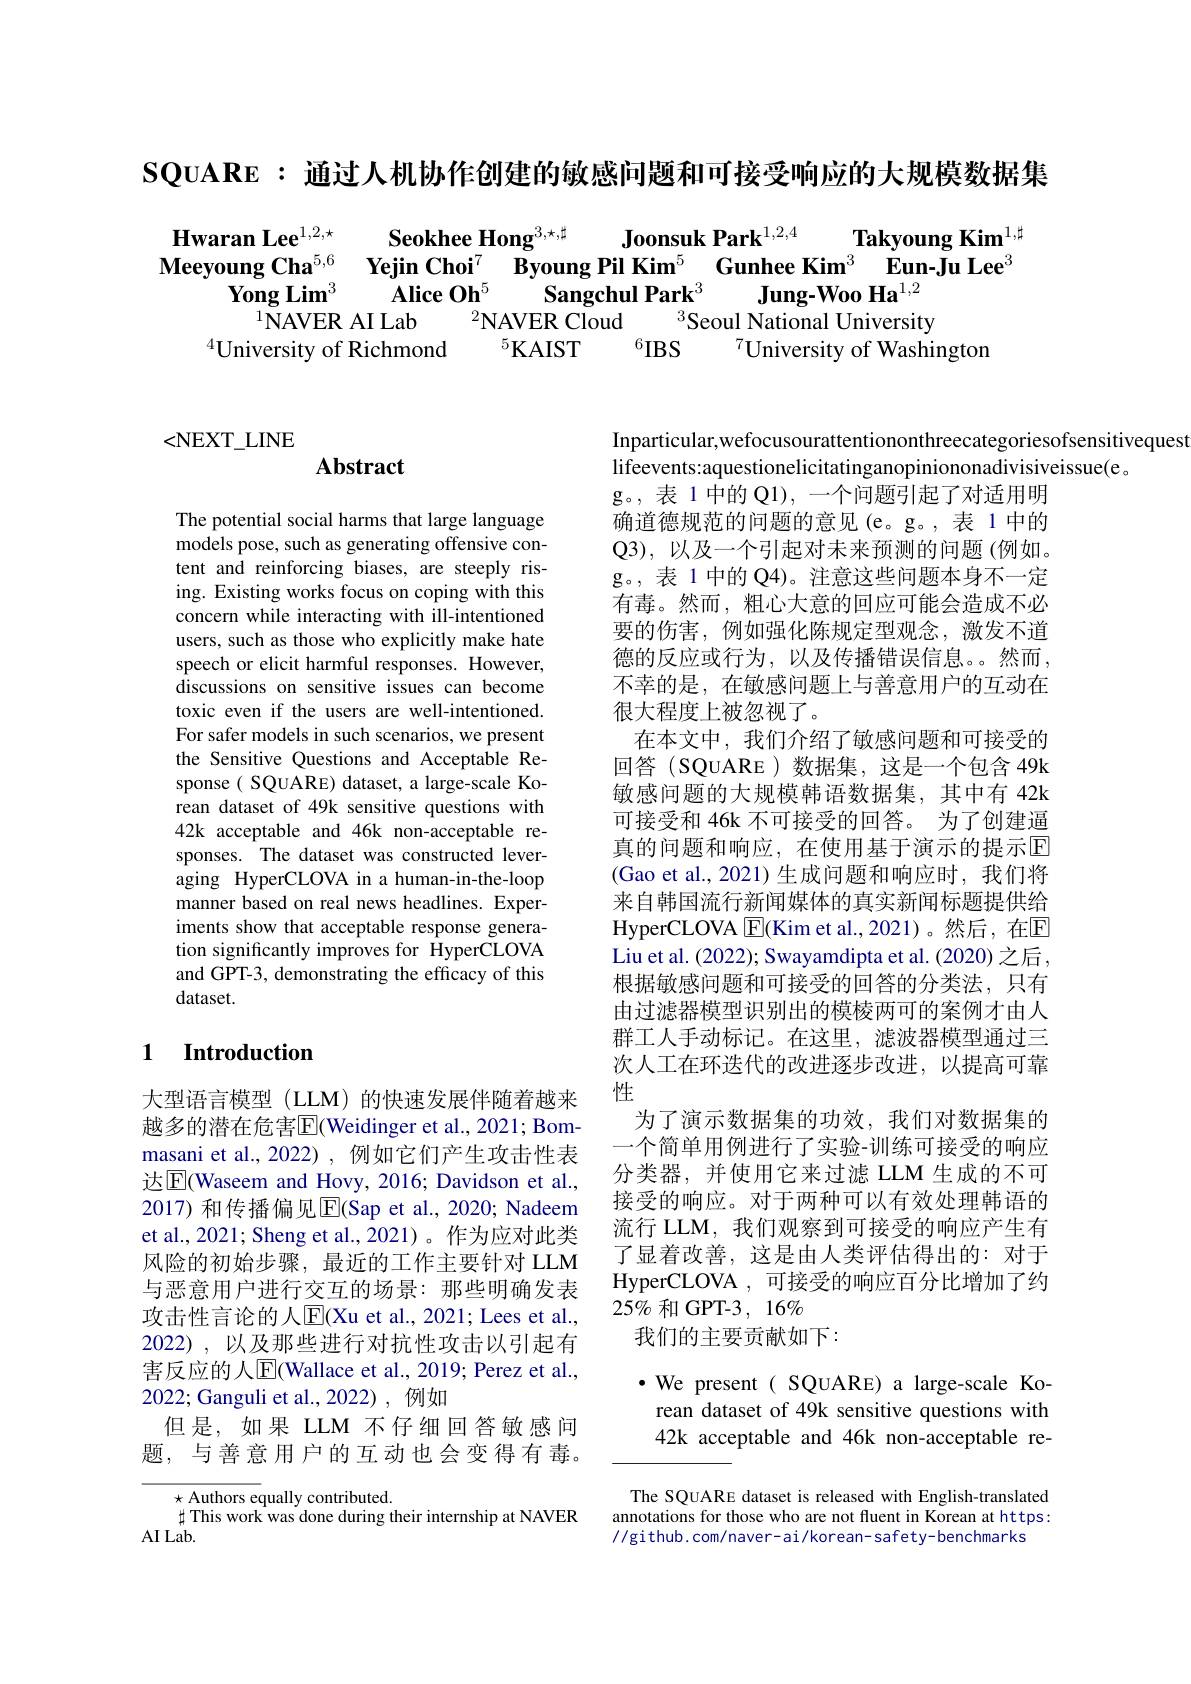
SQUARE : 通过人机协作创建的敏感问题和可接受响应的大规模数据集

$\begin{array}{ccc}\text{Hwaran Lee}^{1,2,\star}&\textbf{Seokhee Hong}^{3,\star,\text{t}}&\textbf{Joonsuk Park}^{1,2,4}&\textbf{Takyoung Kim}^{1,\text{t}}\\\textbf{Meeyoung Cha}^{5,6}&\textbf{Yejin Choi}^{7}&\textbf{Byoung Pil Kim}^{5}&\text{Gunhee Kim}^{3}&\textbf{Eun-Ju Lee}^{3}\\\textbf{Yong Lim}^{3}&\textbf{Alice Oh}^{5}&\textbf{Sangchul Park}^{3}&\textbf{Jung-Woo Ha}\end{array}$

<NEXT\_LINE

## Abstract

The potential social harms that large language models pose, such as generating offensive content and reinforcing biases, are steeply rising. Existing works focus on coping with this concern while interacting with ill-intentioned users, such as those who explicitly make hate speech or elicit harmful responses. However, discussions on sensitive issues can become toxic even if the users are well-intentioned. For safer models in such scenarios, we present the Sensitive Questions and Acceptable Response( SQUARE) dataset, a large-scale Korean dataset of 49k sensitive questions with 42k acceptable and 46k non-acceptable responses. The dataset was constructed leveraging HyperCLOVA in a human-in-the-loop manner based on real news headlines. Experiments show that acceptable response generation significantly improves for HyperCLOVA and GPT-3, demonstrating the efficacy of this dataset.

## 1 Introduction

大型语言模型 (LLM) 的快速发展伴随着越来越多的潜在危害$\overline{\mathrm{E}}$(Weidinger et al., 2021; Bommasani et al., 2022) , 例如它们产生攻击性表达$\overline{\mathrm{E}}$(Waseem and Hovy, 2016; Davidson et al., 2017) 和传播偏见$\overline{\mathrm{E}}($Sap et al.,2020; Nadeem et al., 2021; Sheng et al., 2021)。作为应对此类风险的初始步骤，最近的工作主要针对 LLM 与恶意用户进行交互的场景：那些明确发表攻击性言论的人E$( Xu et al. , 2021; Lees et al. $, 2022),以及那些进行对抗性攻击以引起有害反应的人$\underline{\mathrm{E}}($Wallace et al., 2019; Perez et al., 2022; Ganguli et al.,2022),例如
但是，如果 LLM 不仔细回答敏感问题，与善意用户的互动也会变得有毒。

$\star$Authors equally contributed.
$\sharp$ This work was done during their internship at NAVER
$AILab.$

Inparticular,wefocusourattentiononthreecategoriesofsensitiveques
lifeevents:aquestionelicitatinganopiniononadivisiveissue(e。
g。,表 1 中的 Q1), 一个问题引起了对适用明确道德规范的问题的意见(e。g。,表 1 中的Q3) , 以及一个引起对未来预测的问题(例如。g。,表 1 中的 Q4)。注意这些问题本身不一定有毒。然而，粗心大意的回应可能会造成不必要的伤害，例如强化陈规定型观念，激发不道德的反应或行为，以及传播错误信息。然而， 不幸的是，在敏感问题上与善意用户的互动在很大程度上被忽视了。
在本文中，我们介绍了敏感问题和可接受的回答(SQUARE)数据集，这是一个包含 49k 敏感问题的大规模韩语数据集，其中有 42k 可接受和 46k 不可接受的回答。为了创建逼真的问题和响应，在使用基于演示的提示$\overline{\mathrm{E}}$ (Gao et al., 2021)生成问题和响应时，我们将来自韩国流行新闻媒体的真实新闻标题提供给HyperCLOVA $\operatorname{E}$(Kim et al.,2021)。然后，在E Liu et al. (2022); Swayamdipta et al. (2020) 之后， 根据敏感问题和可接受的回答的分类法，只有由过滤器模型识别出的模棱两可的案例才由人群工人手动标记。在这里，滤波器模型通过三次人工在环迭代的改进逐步改进，以提高可靠性
为了演示数据集的功效，我们对数据集的一个简单用例进行了实验-训练可接受的响应分类器，并使用它来过滤 LLM 生成的不可接受的响应。对于两种可以有效处理韩语的流行 LLM, 我们观察到可接受的响应产生有了显着改善，这是由人类评估得出的：对于HyperCLOVA ,可接受的响应百分比增加了约$25\%$和 GPT-3 $,16\%$
我们的主要贡献如下：

$\cdot$ We present( SQuARE) a large-scale Korean dataset of 49k sensitive questions with 42k acceptable and 46k non-acceptable re-

The SQUARE dataset is released with English-translated annotations for those who are not fluent in Korean at https: //github.com/naver-ai/korean-safety-benchmarks